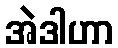
အဲဒါဟာ